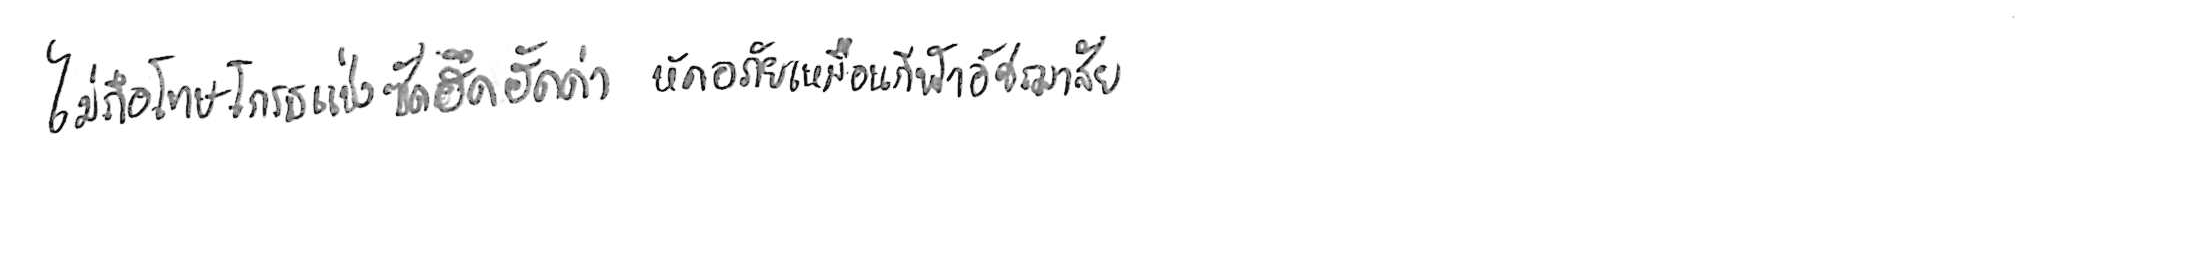
ไม่ถือโทษโกรธแช่งซัดฮึดฮัดด่า หัดอภัยเหมือนกีฬาอัชฌาสัย